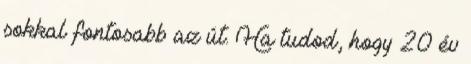
sokkal fontosabb az út. Ha tudod, hogy 20 év